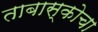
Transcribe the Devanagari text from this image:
ताबास्कोचा